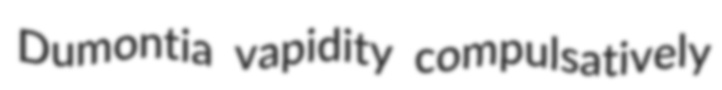
Dumontia vapidity compulsatively